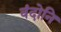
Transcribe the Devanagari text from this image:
वंदोनि